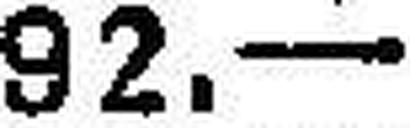
92 —